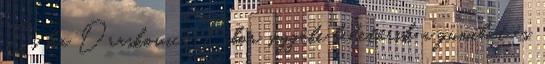
És ha Draskovics Tibor seggébe beletörik a gumibot és